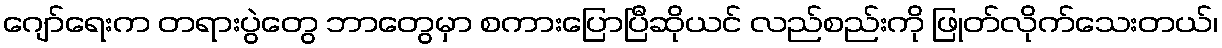
ဂျော်ရေးက တရားပွဲတွေ ဘာတွေမှာ စကားပြောပြီဆိုယင် လည်စည်းကို ဖြုတ်လိုက်သေးတယ်၊